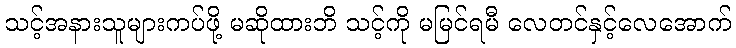
သင့်အနားသူများကပ်ဖို့ မဆိုထားဘိ သင့်ကို မမြင်ရမီ လေတင်နှင့်လေအောက်